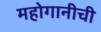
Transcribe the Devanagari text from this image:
महोगानीची